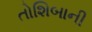
તોશિબાની